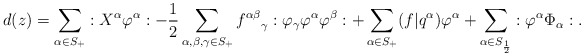
\begin{align*}d(z) &= \sum_{\alpha \in S_+} :X^\alpha \varphi^\alpha: -\frac{1}{2} \sum_{\alpha, \beta, \gamma \in S_+} {f^{\alpha \beta}}_\gamma :\varphi_\gamma \varphi^\alpha \varphi^\beta: + \sum_{\alpha \in S_+} (f | q^\alpha) \varphi^\alpha + \sum_{\alpha \in S_{\frac{1}{2}}} :\varphi^\alpha \Phi_\alpha:. \end{align*}